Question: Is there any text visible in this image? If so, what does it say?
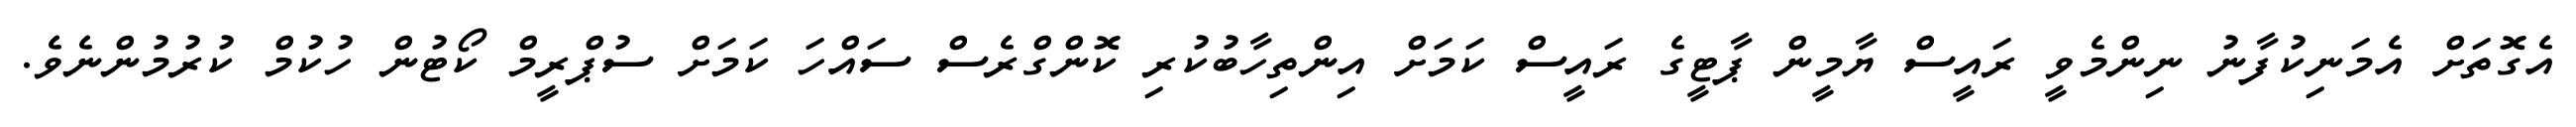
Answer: އެގޮތަށް އެމަނިކުފާނު ނިންމެވީ ރައީސް ޔާމީން ޕާޓީގެ ރައީސް ކަމަށް އިންތިހާބުކުރި ކޮންގްރެސް ސައްހަ ކަމަށް ސުޕްރީމް ކޯޓުން ހުކުމް ކުރުމުންނެވެ.